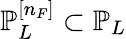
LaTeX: \mathbb{P}_{L}^{[n_{F}]}\subset\mathbb{P}_{L}